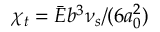
\chi _ { t } = \Bar { E } b ^ { 3 } \nu _ { s } / ( 6 a _ { 0 } ^ { 2 } )